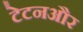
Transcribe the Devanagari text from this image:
टेटनऔर